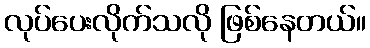
လုပ်ပေးလိုက်သလို ဖြစ်နေတယ်။